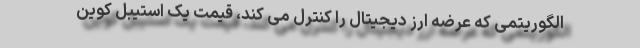
الگوریتمی که عرضه ارز دیجیتال را کنترل می کند، قیمت یک استیبل کوین